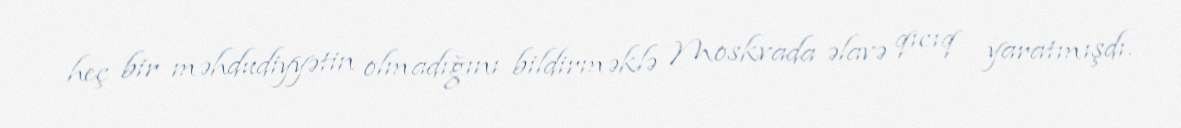
heç bir məhdudiyyətin olmadığını bildirməklə Moskvada əlavə qıcıq yaratmışdı.